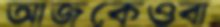
আজকেওবা